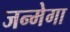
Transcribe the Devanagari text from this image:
जन्मेगा